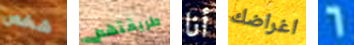
شخص طريقتهم أنا اغراضك 6